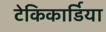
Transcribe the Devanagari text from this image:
टेकिकार्डिया